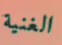
الغنية